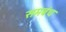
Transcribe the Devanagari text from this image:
समबंध